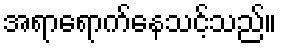
အရာရောက်နေသင့်သည်။